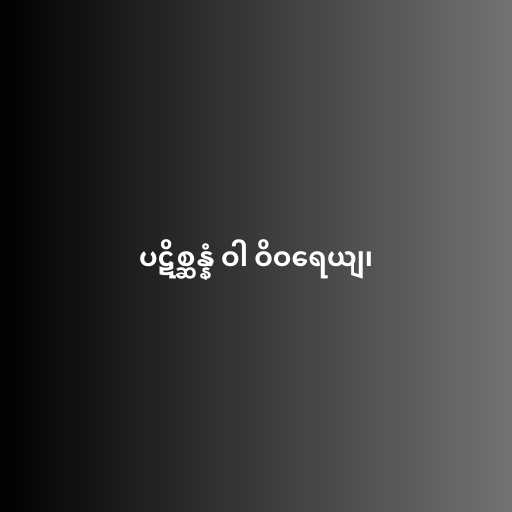
ပဋိစ္ဆန္နံ ဝါ ဝိဝရေယျ၊